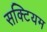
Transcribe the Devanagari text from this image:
सक्टियम